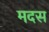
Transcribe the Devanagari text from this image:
मदस